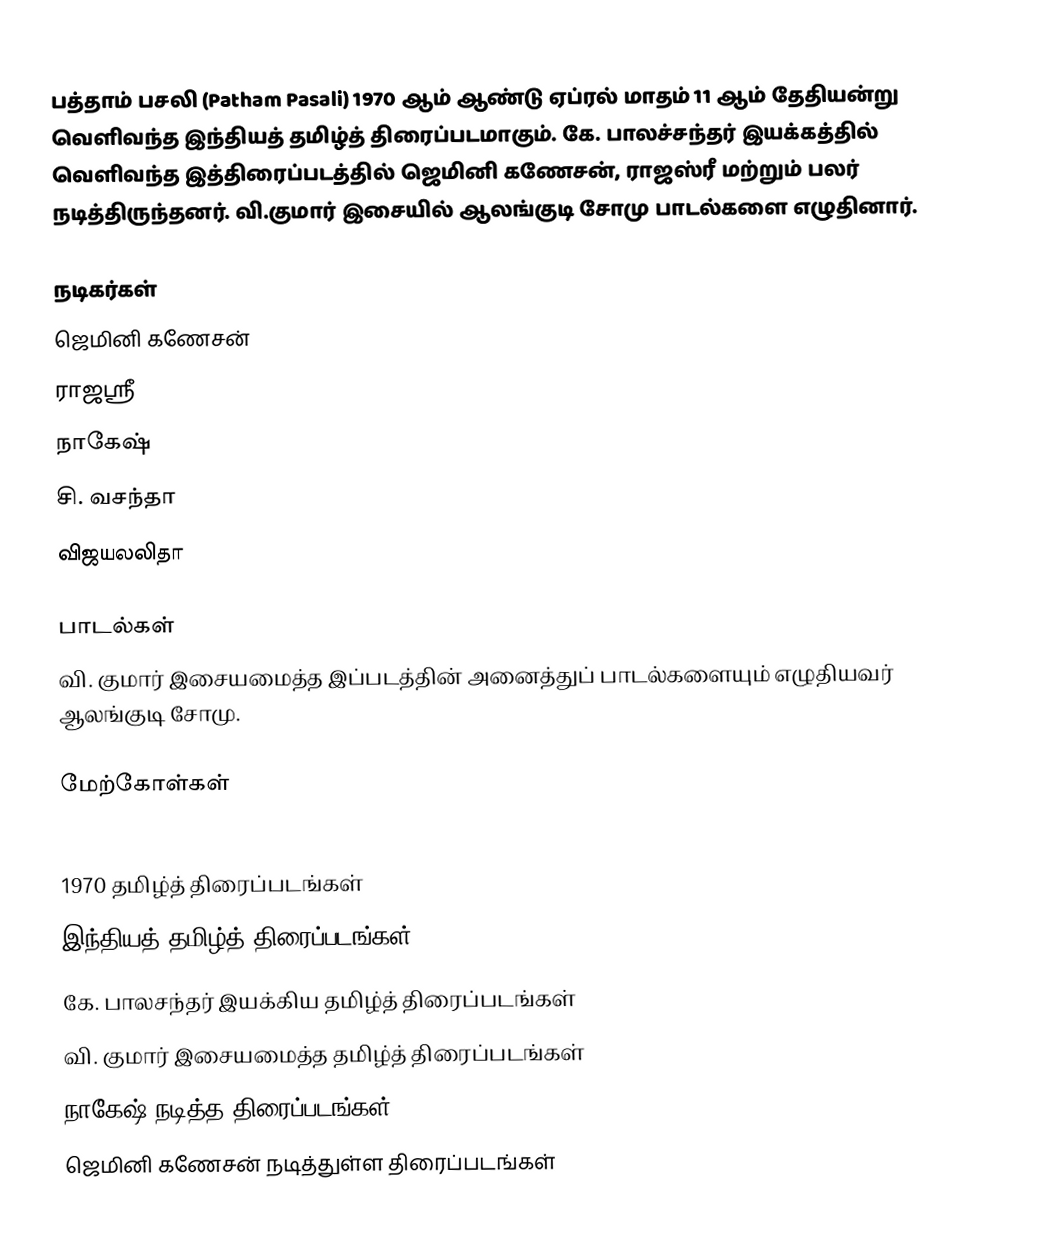
பத்தாம் பசலி (Patham Pasali) 1970 ஆம் ஆண்டு ஏப்ரல் மாதம் 11 ஆம் தேதியன்று வெளிவந்த இந்தியத் தமிழ்த் திரைப்படமாகும். கே. பாலச்சந்தர் இயக்கத்தில் வெளிவந்த இத்திரைப்படத்தில் ஜெமினி கணேசன், ராஜஸ்ரீ மற்றும் பலர் நடித்திருந்தனர். வி.குமார் இசையில் ஆலங்குடி சோமு பாடல்களை எழுதினார்.

நடிகர்கள்
ஜெமினி கணேசன்
ராஜஸ்ரீ
நாகேஷ்
சி. வசந்தா
விஜயலலிதா

பாடல்கள்
வி. குமார் இசையமைத்த இப்படத்தின் அனைத்துப் பாடல்களையும் எழுதியவர் ஆலங்குடி சோமு.

மேற்கோள்கள்

1970 தமிழ்த் திரைப்படங்கள்
இந்தியத் தமிழ்த் திரைப்படங்கள்
கே. பாலசந்தர் இயக்கிய தமிழ்த் திரைப்படங்கள்
வி. குமார் இசையமைத்த தமிழ்த் திரைப்படங்கள்
நாகேஷ் நடித்த திரைப்படங்கள்
ஜெமினி கணேசன் நடித்துள்ள திரைப்படங்கள்